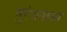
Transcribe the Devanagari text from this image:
मुरंजनावर